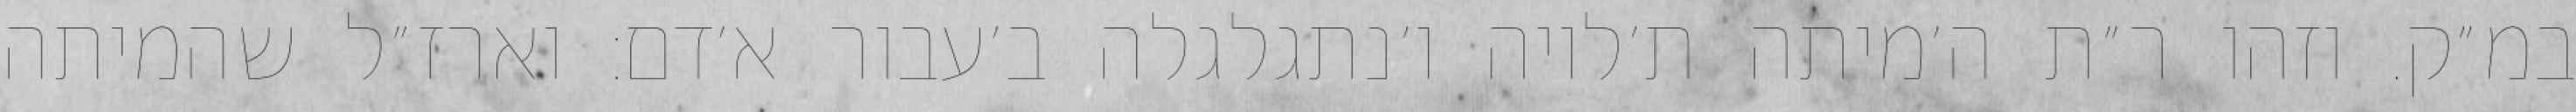
במ״ק. וזהו ר״ת ה׳מיתה ת׳לויה ו׳נתגלגלה ב׳עבור א׳דם: וארז״ל שהמיתה